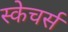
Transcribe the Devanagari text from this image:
स्केचर्स